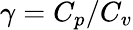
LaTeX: \gamma=C_{p}/C_{v}